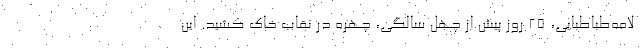
لامه‌طباطبایی، ۲۵ روز پیش از چهل سالگی، چهره در نقاب خاک کشید. این